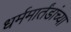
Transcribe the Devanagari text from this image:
धर्ममार्तंडांच्या